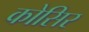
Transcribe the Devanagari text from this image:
कोसिर